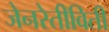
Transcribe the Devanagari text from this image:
जेनरेतीविती